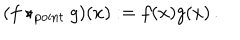
( f \star _ { \mathrm { p o i n t } } g ) ( x ) : = f ( x ) g ( x ) \, .